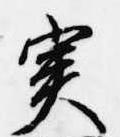
実